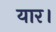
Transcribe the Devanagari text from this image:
यार।